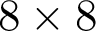
8 \times 8